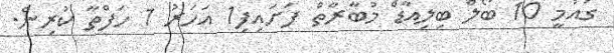
ގައުމީ 10 ބޯލް ބިލިއާޑް މުބާރާތް ފަށައިފި1 އަހަރު 1 ހަފްތާ ކުރިން.